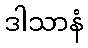
ဒါသာနံ